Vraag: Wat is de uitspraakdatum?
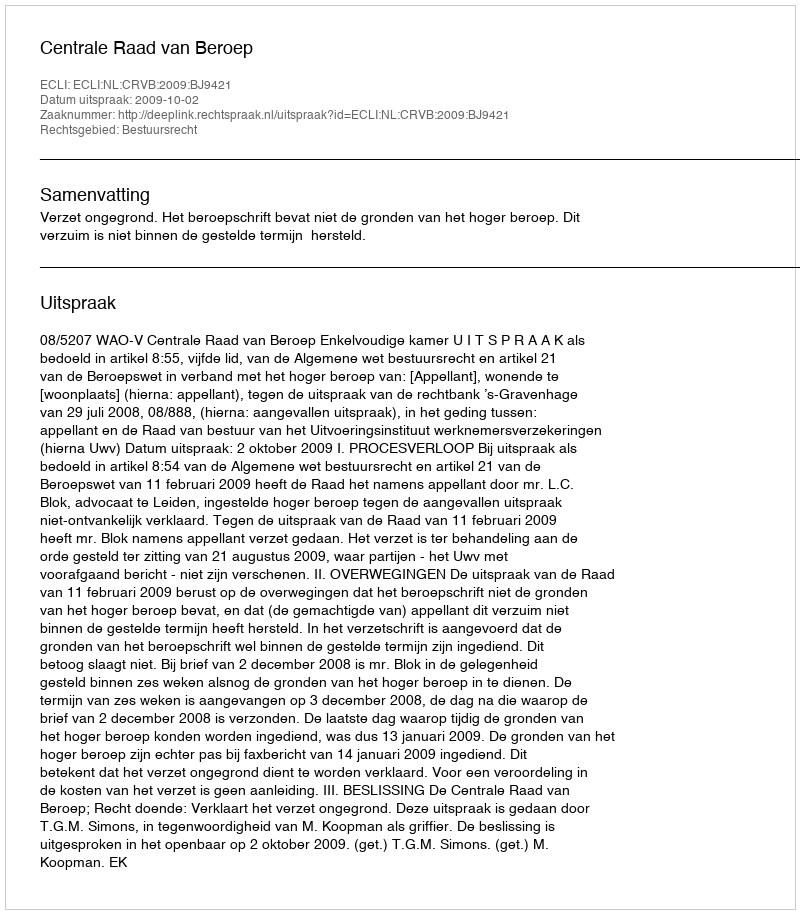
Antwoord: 2009-10-02